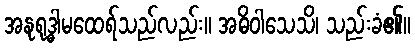
အနုရုဒ္ဓါမထေရ်သည်လည်း။ အဓိဝါသေသိ၊ သည်းခံ၏။